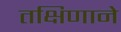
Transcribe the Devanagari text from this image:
तक्षिणाने